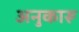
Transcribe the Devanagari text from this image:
अनुकारू